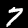
Label: 7